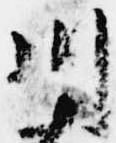
川